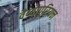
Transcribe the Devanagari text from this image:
वैय्यापूरियन